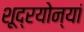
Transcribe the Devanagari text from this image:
शूद्रयोन्यां